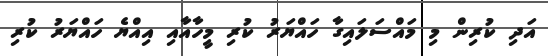
އަދި ކުރިން މި މައްސަލައިގާ ހައްޔަރު ކުރި މީހާއާއި އިއްޔެ ހައްޔަރު ކުރި